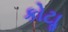
કોટાૢ